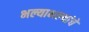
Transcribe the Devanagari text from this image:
भल्याभल्यांचे